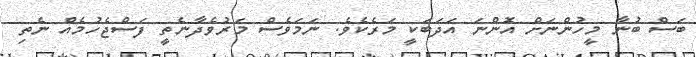
ބަސް ބުނާ މީހުންނަށް އޮންނަ އަދަބަކީ މަރެކެވެ. ނަމަވެސް މަރުވެދާނެތީ ފަސްޖެހުމެއް ނެތި